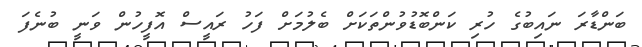
ބަންޑާރަ ނައިބުގެ ހުރި ކަންބޮޑުވުންތަކަށް ބެލުމަށް ފަހު ރައީސް އޮފީހުން ވަނީ ބުނެފަ